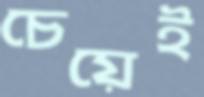
চেয়েই